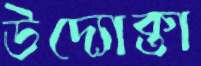
উদ্যোক্তা